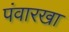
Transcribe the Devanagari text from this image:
पंवारखा